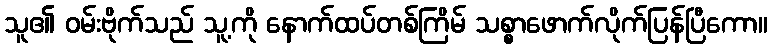
သူ၏ ဝမ်းဗိုက်သည် သူ့ကို နောက်ထပ်တစ်ကြိမ် သစ္စာဖောက်လိုက်ပြန်ပြီကော။